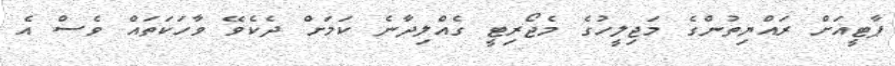
ޕާޓީއަށް ރައްޔިތުންގެ މަޖިލީހުގެ މެޖޯރިޓީ ގެއްލިދާނެ ކަމަށް ދެކެވޭ ވާހަކަތައް ވެސް އެ